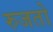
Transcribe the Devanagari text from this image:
रुजतो